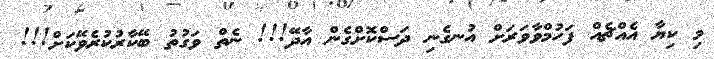
މި ކިޔާ އެއްޗެއް ފަހުމްވާވަރަށް އުނގެނި ދަސްކޮށްގެން އާދޭ!!! ނެތް ވަގުތު ބޭކާރުކުރެވޭކަށް!!!